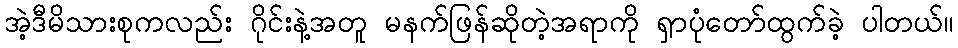
အဲ့ဒီမိသားစုကလည်း ဂိုင်းနဲ့အတူ မနက်ဖြန်ဆိုတဲ့အရာကို ရှာပုံတော်ထွက်ခဲ့ ပါတယ်။